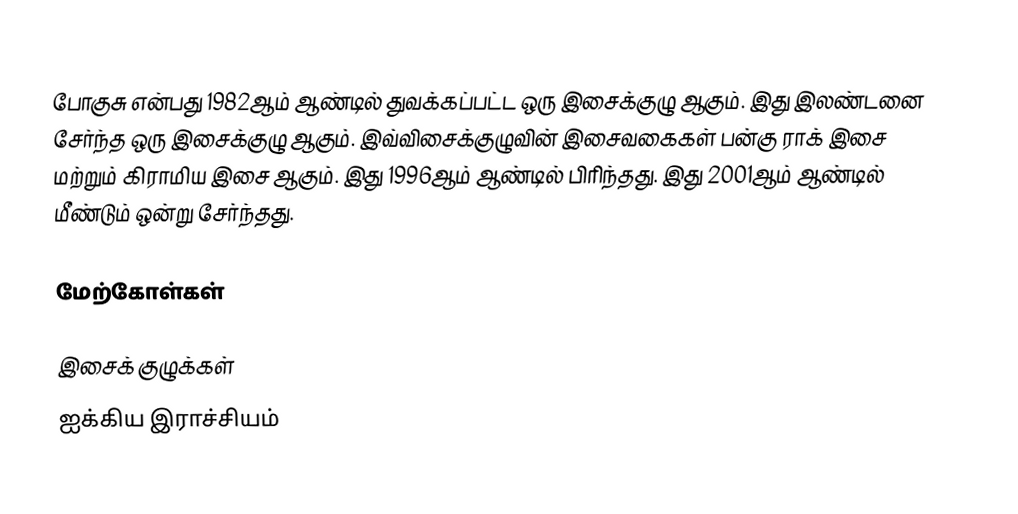
போகுசு என்பது 1982ஆம் ஆண்டில் துவக்கப்பட்ட ஒரு இசைக்குழு ஆகும். இது இலண்டனை சேர்ந்த ஒரு இசைக்குழு ஆகும். இவ்விசைக்குழுவின் இசைவகைகள் பன்கு ராக் இசை மற்றும் கிராமிய இசை ஆகும். இது 1996ஆம் ஆண்டில் பிரிந்தது. இது 2001ஆம் ஆண்டில் மீண்டும் ஒன்று சேர்ந்தது.

மேற்கோள்கள்

இசைக் குழுக்கள்
ஐக்கிய இராச்சியம்